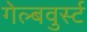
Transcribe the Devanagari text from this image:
गेल्बवुर्स्ट